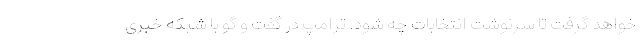
خواهد گرفت تا سرنوشت انتخابات چه شود. ترامپ در گفت و گو با شبکه خبری